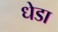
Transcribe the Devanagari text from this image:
धेडा